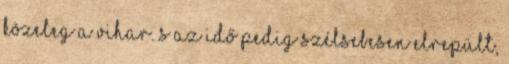
közeleg a vihar. S az idő pedig szélsebesen elrepült,